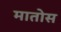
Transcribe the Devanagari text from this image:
मातोस